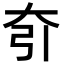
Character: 𡗵